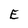
Character: E